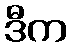
ဒီက